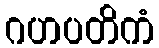
ဂဟပတိကံ